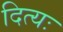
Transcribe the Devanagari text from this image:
दित्यः